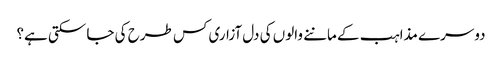
دوسرے مذاہب کے ماننے والوں کی دل آزاری کس طرح کی جا سکتی ہے؟